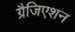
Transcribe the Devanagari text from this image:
ग्रैजिएशन